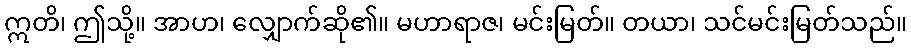
ဣတိ၊ ဤသို့။ အာဟ၊ လျှောက်ဆို၏။ မဟာရာဇ၊ မင်းမြတ်။ တယာ၊ သင်မင်းမြတ်သည်။